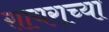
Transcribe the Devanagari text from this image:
सायराच्या